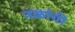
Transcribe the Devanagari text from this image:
नळांची